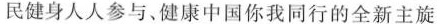
民健身人人参与、健康中国你我同行的全新主旋